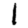
Digit: 1